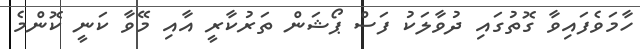
ހާމަވެފައިވާ ގޮތުގައި ދުވާލަކު ފަސް ޕޯޝަން ތަރުކާރީ އާއި މޭވާ ކަނީ ކޮންމެ